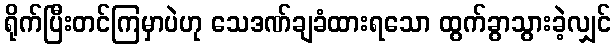
ရိုက်ပြီးတင်ကြမှာပဲဟု သေဒဏ်ချခံထားရသော ထွက်ခွာသွားခဲ့လျှင်